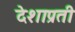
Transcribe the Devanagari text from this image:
देशाप्रती